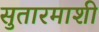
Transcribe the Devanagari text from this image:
सुतारमाशी